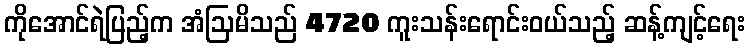
ကိုအောင်ရဲပြည့်က အံဩမိသည် 4720 ကူးသန်းရောင်းဝယ်သည့် ဆန့်ကျင့်ရေး